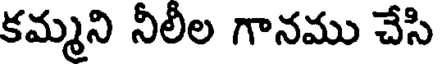
కమ్మని నీలీల గానము చేసి